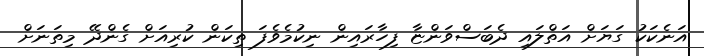
އަނެކަކު ގަޔަށް އަތްލައި ދެބަސްވަންޏާ ފިހާރައިން ނިކުމެވެފަ ތިކަން ކުރިއަށް ގެންދޭ މިތަނަށް